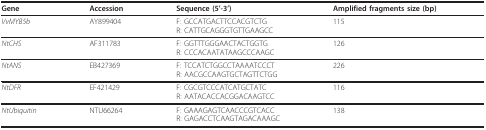
<table><thead><tr><td><b>Gene</b></td><td><b>Accession</b></td><td><b>Sequence (5&#x27;-3&#x27;)</b></td><td><b>Amplified fragments size (bp)</b></td></tr></thead><tbody><tr><td><i>VvMYB5b</i></td><td>AY899404</td><td>F: GCCATGACTTCCACGTCTGR: CATTGCAGGGTGTTGAAGCC</td><td>115</td></tr><tr><td><i>NtCHS</i></td><td>AF311783</td><td>F: GGTTTGGGAACTACTGGTGR: CCCACAATATAAGCCCAAGC</td><td>126</td></tr><tr><td><i>NtANS</i></td><td>EB427369</td><td>F: TCCATCTGGCCTAAAATCCCTR: AACGCCAAGTGCTAGTTCTGG</td><td>226</td></tr><tr><td><i>NtDFR</i></td><td>EF421429</td><td>F: CGCGTCCCATCATGCTATCR: AATACACCACGGACAAGTCC</td><td>116</td></tr><tr><td><i>NtUbiquitin</i></td><td>NTU66264</td><td>F: GAAAGAGTCAACCCGTCACCR: GAGACCTCAAGTAGACAAAGC</td><td>138</td></tr></tbody></table>